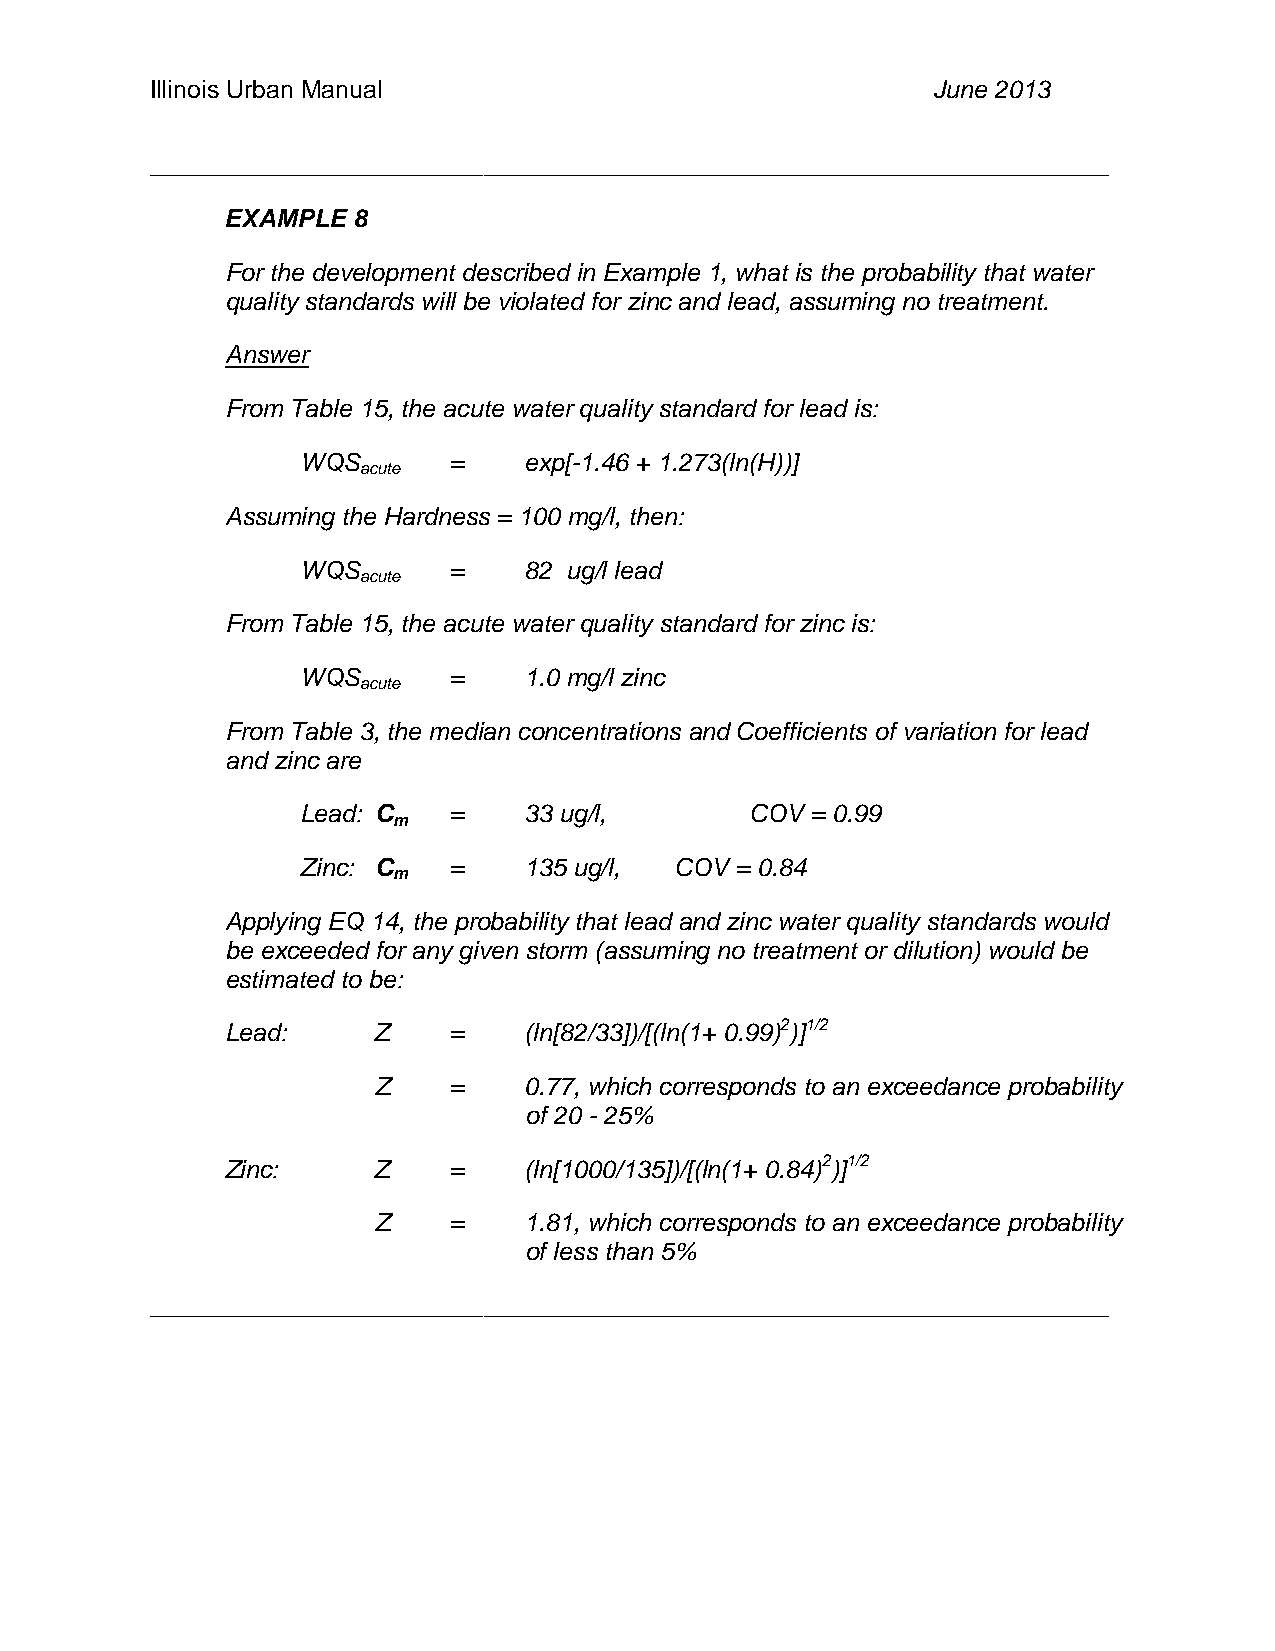
Illinois Urban Manual                               June 2013
 _____________________________________________________________________
 EXAMPLE 8
 For the development described in Example 1, what is the probability that water
 quality standards will be violated for zinc and lead, assuming no treatment.
 Answer
 From Table 15, the acute water quality standard for lead is:
 WQS       =    exp[-1.46 + 1.273(ln(H))]
 acute
 Assuming the Hardness = 100 mg/l, then:
 WQS       =    82 ug/l lead
 acute
 From Table 15, the acute water quality standard for zinc is:
 WQS       =    1.0 mg/l zinc
 acute
 From Table 3, the median concentrations and Coefficients of variation for lead
 and zinc are
 Lead: C   =    33 ug/l,       COV = 0.99
 m
 Zinc: C   =    135 ug/l, COV = 0.84
 m
 Applying EQ 14, the probability that lead and zinc water quality standards would
 be exceeded for any given storm (assuming no treatment or dilution) would be
 estimated to be:
 Lead:     Z    =    (ln[82/33])/[(ln(1+ 0.99)2)]1/2
 Z    =    0.77, which corresponds to an exceedance probability
 of 20 - 25%
 Zinc:     Z    =    (ln[1000/135])/[(ln(1+ 0.84)2)]1/2
 Z    =    1.81, which corresponds to an exceedance probability
 of less than 5%
 _____________________________________________________________________